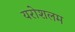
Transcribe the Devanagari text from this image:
यरोशलम